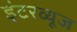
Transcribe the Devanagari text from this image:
इंटरव्यूज